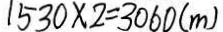
1 5 3 0 \times 2 = 3 0 6 0 ( m )